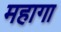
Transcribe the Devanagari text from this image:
महागा